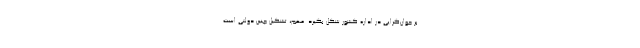
بر جوان‌گرایی در اداره کشور شکل بگیرد. مهم، تشکیل چنین دولتی است.